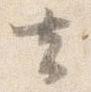
去